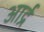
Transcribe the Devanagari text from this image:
आर्द्र